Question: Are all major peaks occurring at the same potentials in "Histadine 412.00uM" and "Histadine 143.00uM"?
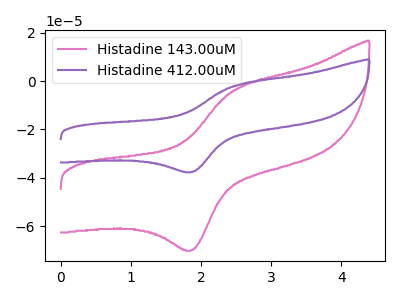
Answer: <think>The pink curve "Histadine 143.00uM" has an anodic peak at (2.45V, -3.80uA) and a cathodic peak at (1.90V, -69.90uA). The purple curve "Histadine 412.00uM" has an anodic peak at (2.45V, -2.05uA) and a cathodic peak at (1.90V, -37.55uA).</think>
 <answer>Yes, "Histadine 412.00uM" have a peak in "Histadine 143.00uM" at the same potential.</answer>
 <eval>match</eval>